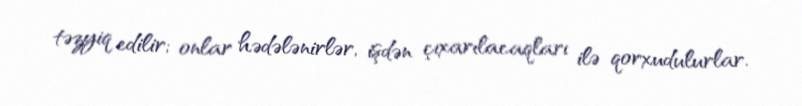
təzyiq edilir; onlar hədələnirlər, işdən çıxarılacaqları ilə qorxudulurlar.